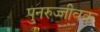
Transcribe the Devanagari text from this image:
पुनरुज्जीवक